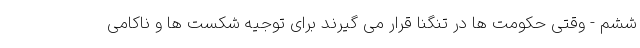
ششم - وقتی حکومت ها در تنگنا قرار می گیرند برای توجیه شکست ها و ناکامی